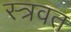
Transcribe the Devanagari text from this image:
स्त्रवत